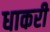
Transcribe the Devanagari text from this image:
धाकरी